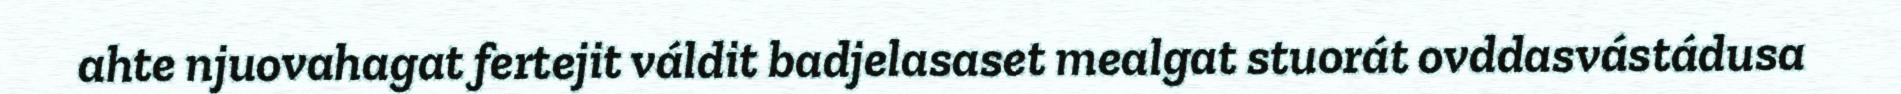
ahte njuovahagat fertejit váldit badjelasaset mealgat stuorát ovddasvástádusa